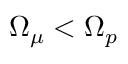
\Omega _ { \mu } < \Omega _ { p }